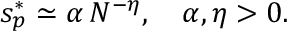
s _ { p } ^ { * } \simeq \alpha \, N ^ { - \eta } , \quad \alpha , \eta > 0 .